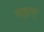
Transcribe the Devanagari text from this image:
नहाए